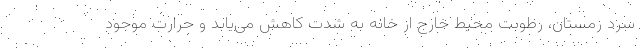
سرد زمستان، رطوبت محیط خارج از خانه به‌ شدت کاهش می‌یابد و حرارت موجود